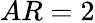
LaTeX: AR=2